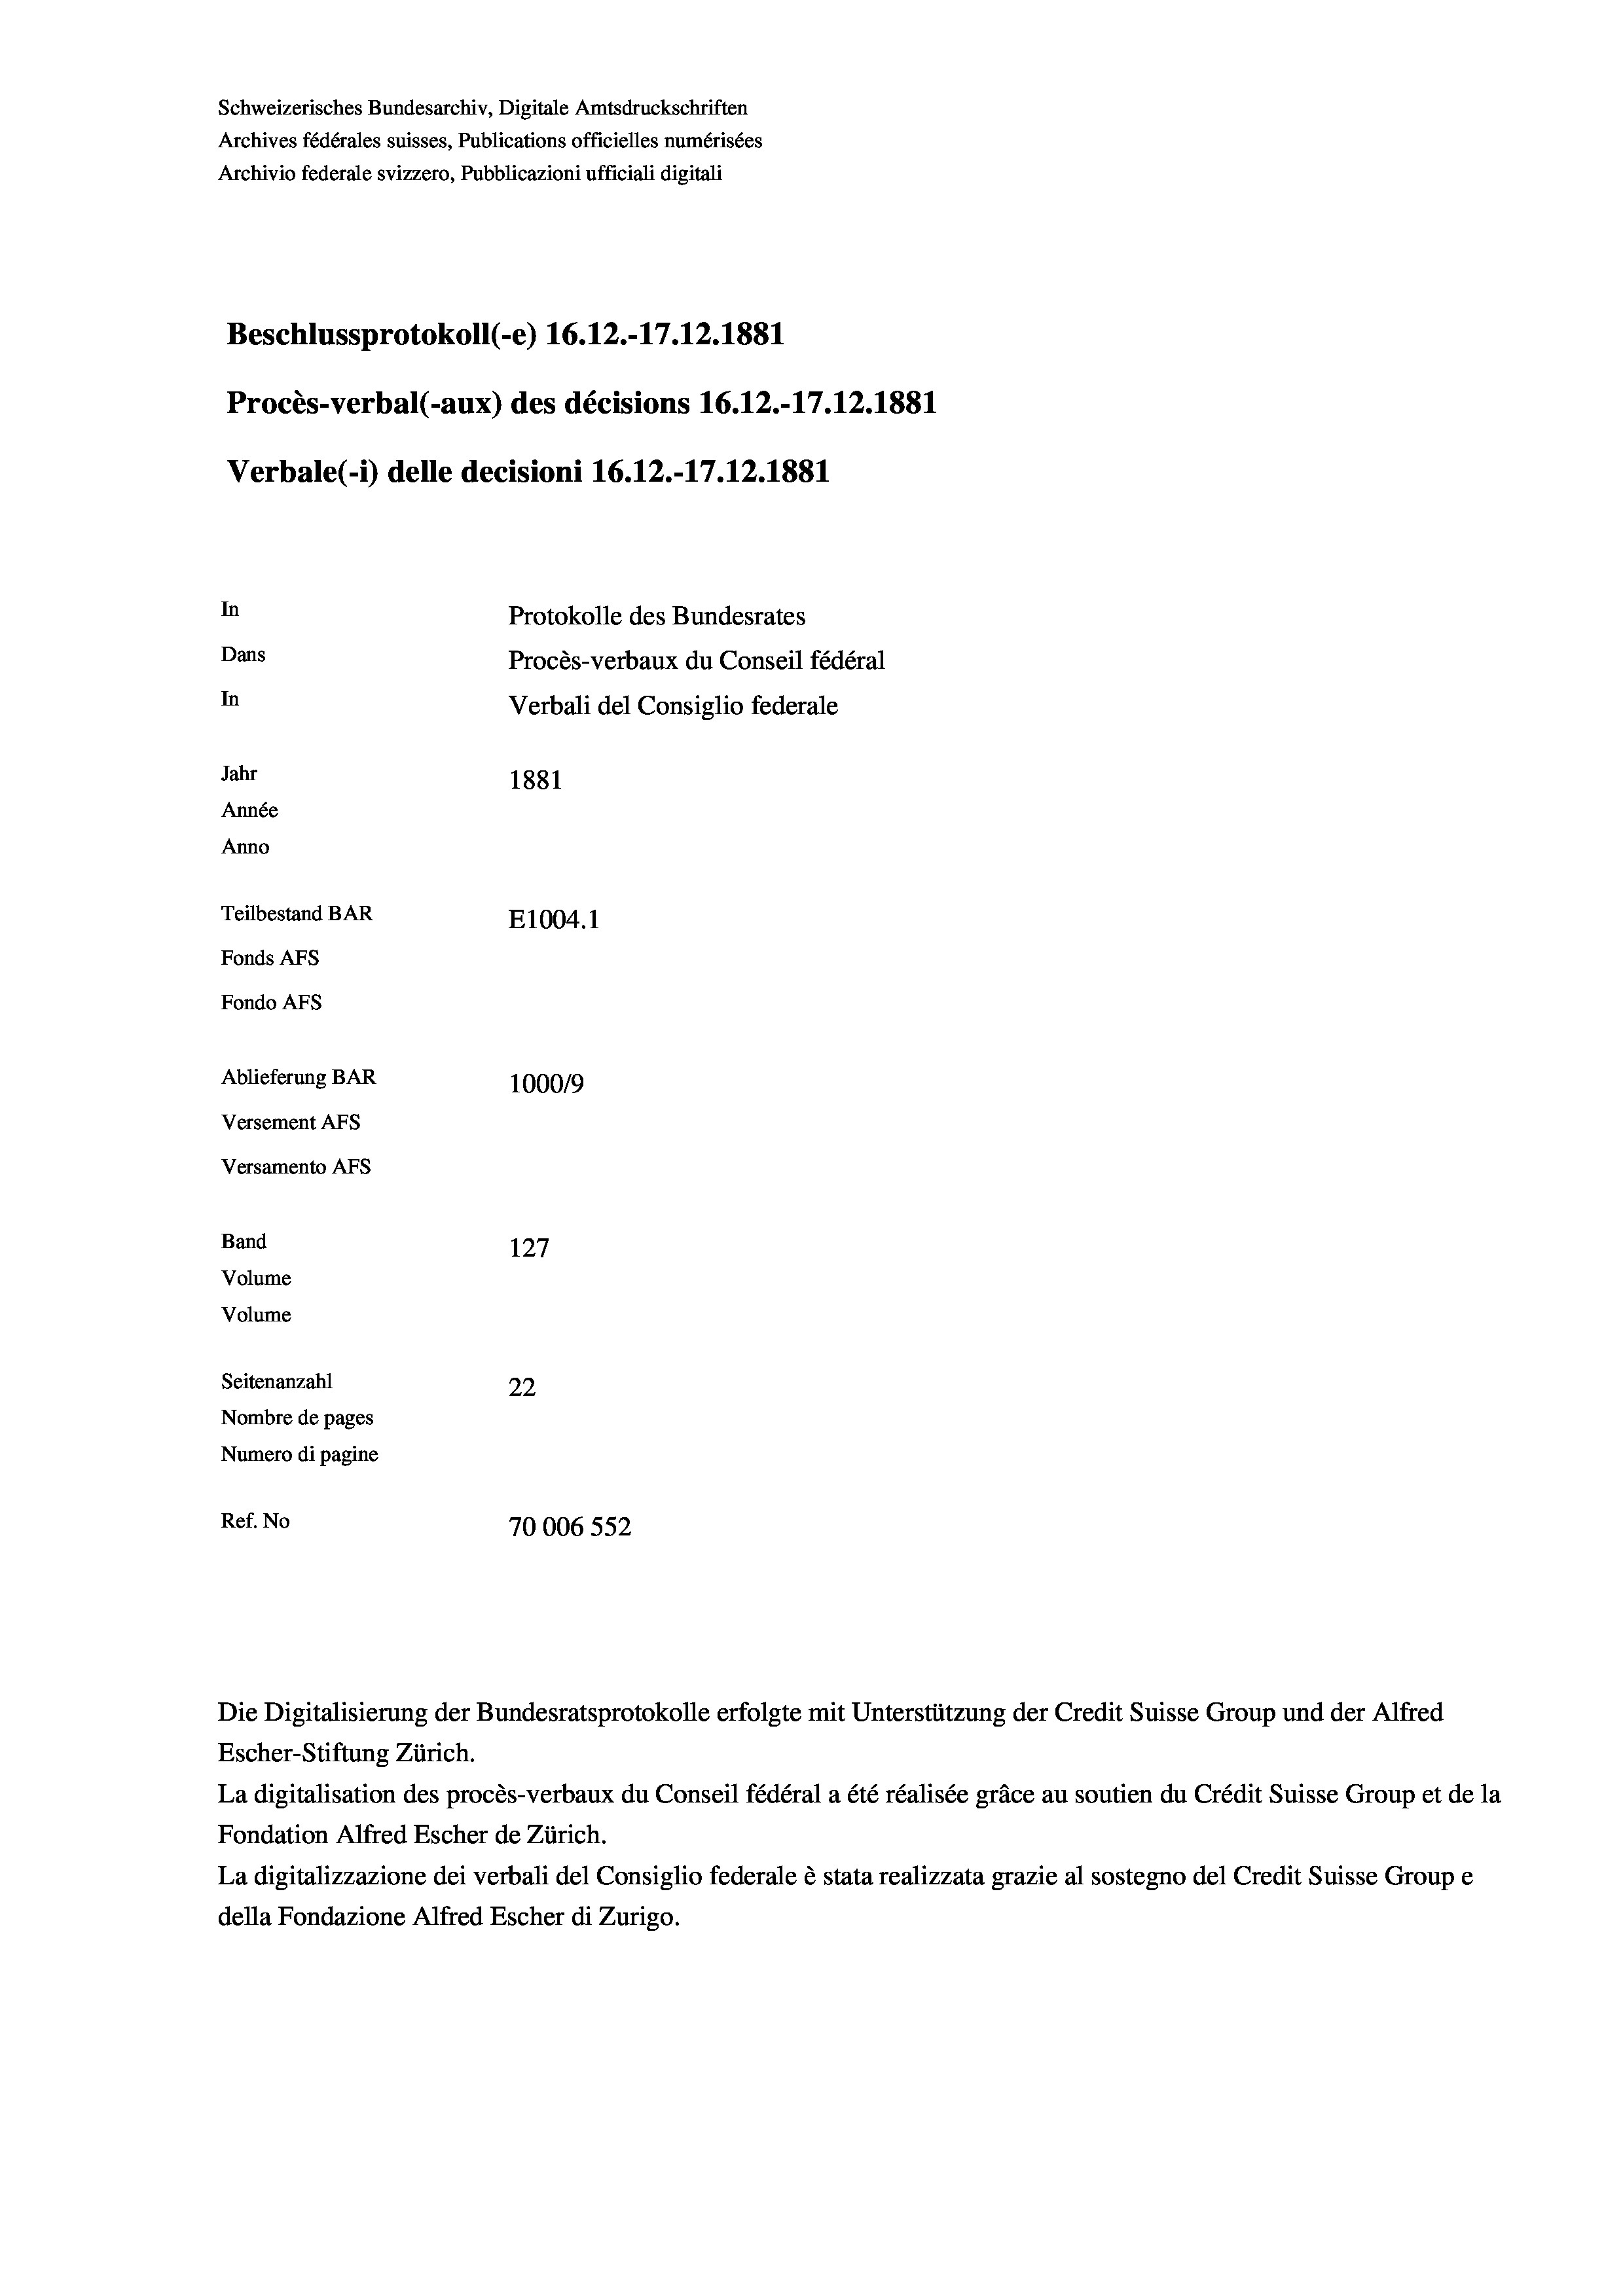
Schweizerisches Bundesarchiv, Digitale Amtsdruckschriften
Archives fédérales suisses, Publications officielles numérisées
Archivio federale svizzero, Pubblicazioni ufficiali digitali
Beschlussprotokoll (-e) 16.12.-17.12.1881
Procès-verbal (-aux) des décisions 16.12.-17.12.1881
Verbale (- 1) delle decisioni 16.12.-17.12.1881
In
Protokolle des Bundesrates
Dans
Procès-verbaux du Conseil fédéral
In
Verbali del Consiglio federale
Jahr
1881
Année
Anno
Teilbestand BAR
E1004. 1
Fonds AFs
Fondo AFS
Ablieferung BAR
100019
Versement AFs
Versamento AFs
Band
127
Volume
Volume
Seitenanzahl
22
Nombre de pages
Numero di pagine
Ref. No
70006 552

Die Digitalisierung der Bundesratsprotokolle erfolgte mit Unterstützung der Credit Suisse Group und der Alfred
Escher-Stiftung Zürich.
La digitalisation des procès-verbaux du Conseil fédéral a été réalisée gräce au soutien du Crédit Suisse Group et de la
Fondation Alfred Escher de Zürich.
La digitalizzazione dei verbali del Consiglio federale è stata realizzata grazie al sostegno del Credit Suisse Groupe
della Fondazione Alfred Escher di Zurigo.